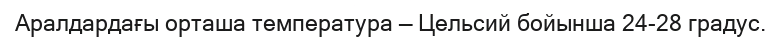
Аралдардағы орташа температура — Цельсий бойынша 24-28 градус.